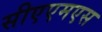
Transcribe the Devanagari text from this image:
सीएएमएस